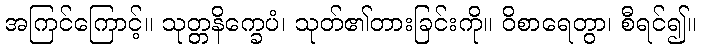
အကြင်ကြောင့်။ သုတ္တနိက္ခေပံ၊ သုတ်၏တားခြင်းကို။ ဝိစာရေတွာ၊ စီရင်၍။